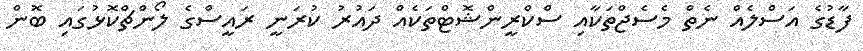
ފާޑުގެ އަސްލެއް ނެތް މެސެޖްތަކާއި ސްކްރީންޝޮޓްތަކެއް ދައުރު ކުރަނީ ރައީސްގެ ލޯންޗްކޮޅުގައި ބޮން